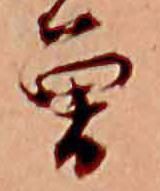
曽